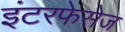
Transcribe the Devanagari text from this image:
इंटरफेसेज